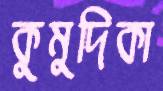
কুমুদিকা